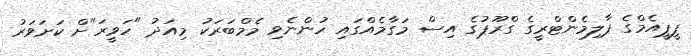
ޕީޕީއެމްގެ ޕާލިމެންޓްރީގެ ގްރޫޕުގެ އިސް މަގާމެއްގައި ހުންނެވި މެމްބަރަކު މިއަދު "ހަވީރަ"ށް ކަށަވަރު